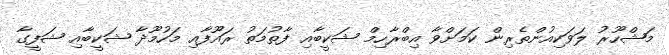
މަޝްހޫރު ލަވަކިއުންތެރިން ކަމަށްވާ އިބްރާހިމް ޝަކީބާއި ފާތުމަތު ރައޫފާއި މަހުމޫދާ ޝަކީބާއި ޝަފީގާ